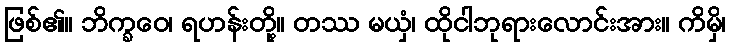
ဖြစ်၏။ ဘိက္ခဝေ၊ ရဟန်းတို့။ တဿ မယှံ၊ ထိုငါဘုရားလောင်းအား။ ကိမှိ၊